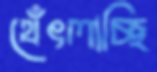
থেঁৎলাচ্ছি